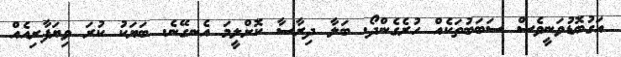
އަގުބޮޑުވަނީވެސް ސަބަބުތަކެއް ހުރެގެންދޯ. ބަލާ ދިރާސާ ކޮށްލީމަ އެނގޭނެ. ބަޔަކު ކުރަ ވިޔަފާާރިއެއް